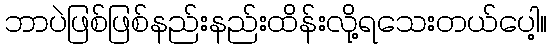
ဘာပဲဖြစ်ဖြစ်နည်းနည်းထိန်းလို့ရသေးတယ်ပေါ့။